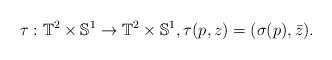
LaTeX: \begin{align*}\tau:\mathbb{T}^2\times \mathbb{S}^1\to\mathbb{T}^2\times \mathbb{S}^1, \tau(p,z)=(\sigma(p), \bar{z}).\end{align*}